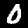
Label: 0